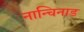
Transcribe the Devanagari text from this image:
नान्चिनाड